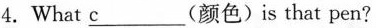
4.What \underline{c} (颜色)is that pen?